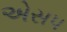
એસ૫